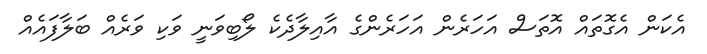
އެކަން އެގޮތައް އޮތަސް އަހަރެން އަހަރެންގެ އާއިލާދެކެ ލޯބިވަނީ ވަކި ވަރެއް ބަލާފައެއް